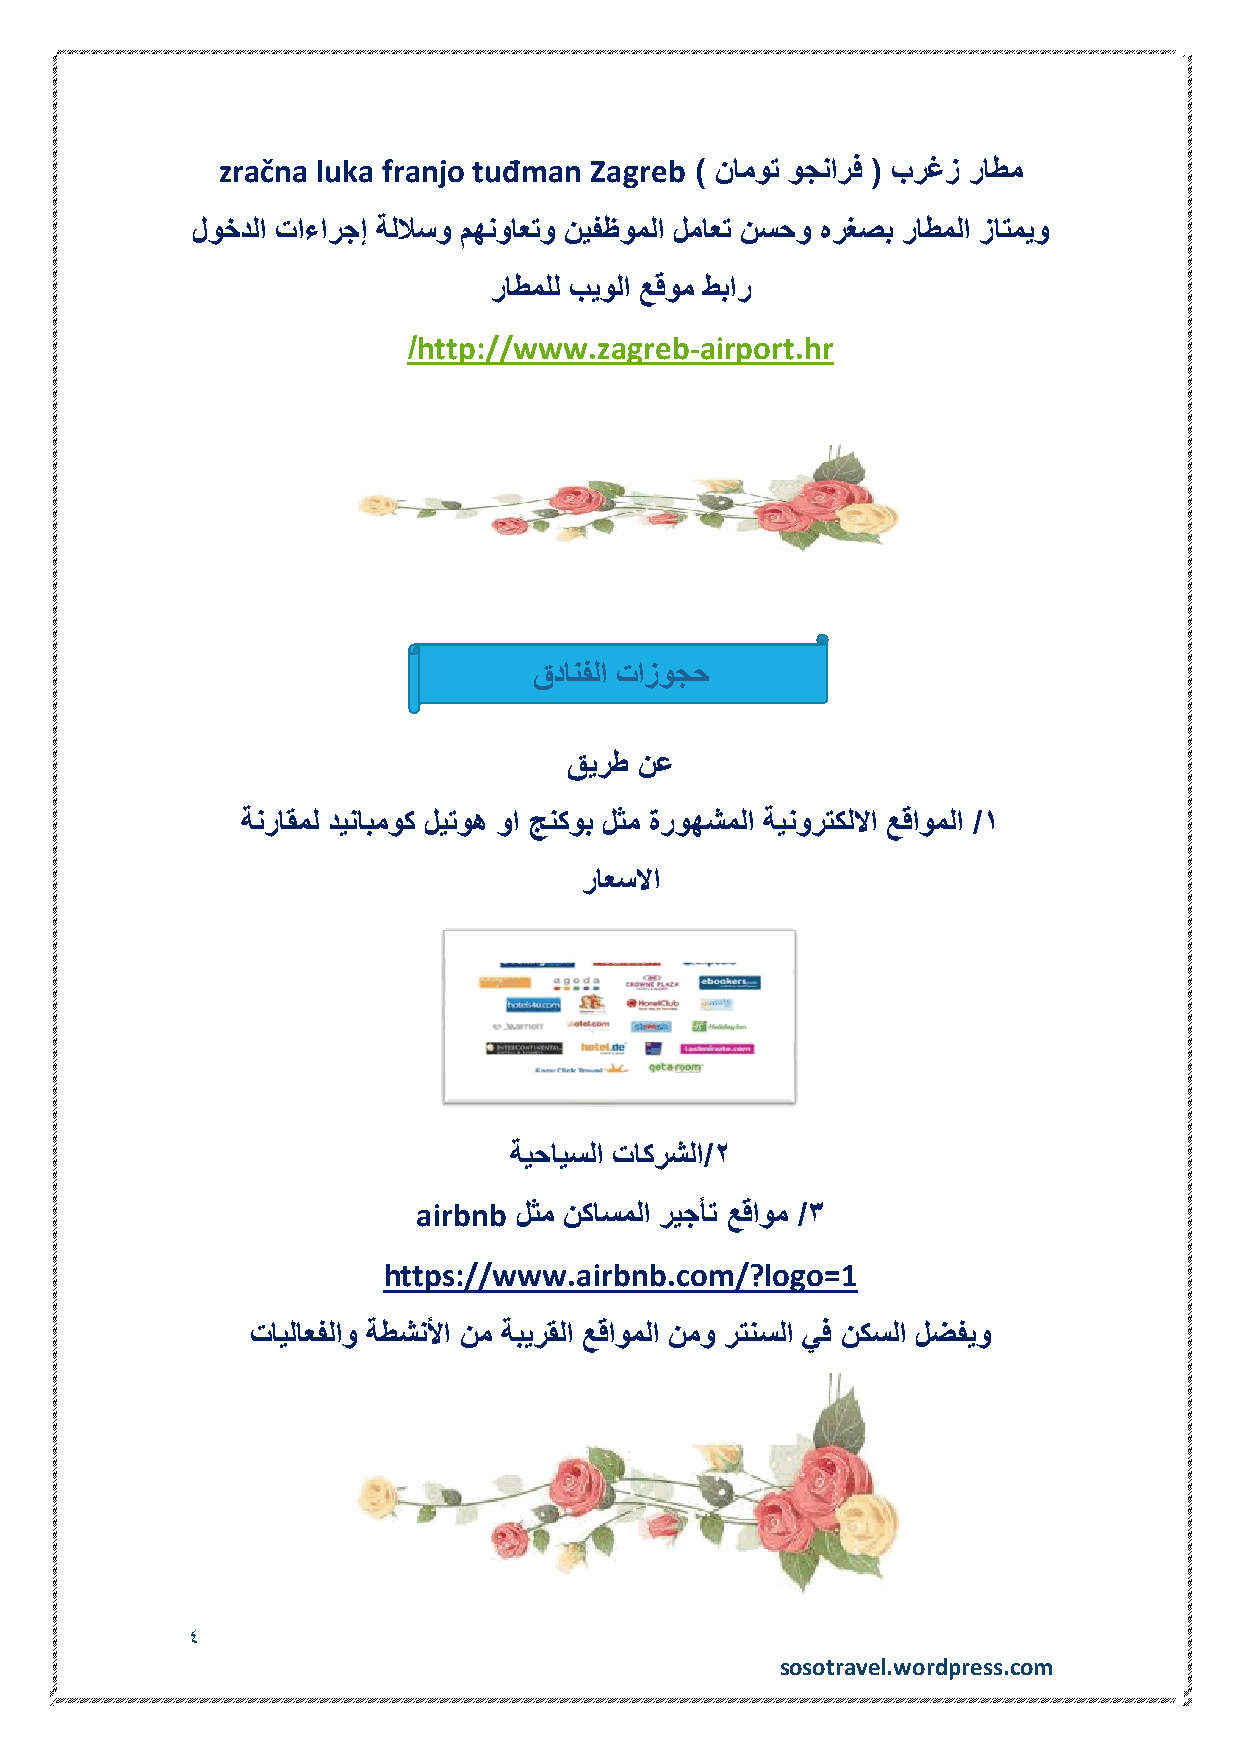
zračna luka franjo tuđman Zagreb ) ناموت وجنارف ( برغز راطم
 لوخدلا تاءارجإ ةللاسو مهنواعتو نيفظوملا لماعت نسحو هرغصب راطملا زاتميو
 راطملل بيولا عقوم طبار
 /http://www.zagreb-airport.hr
 قدانفلا تازوجح
 قيرط نع
 ةنراقمل دينابموك ليتوه وا جنكوب لثم ةروهشملا ةينورتكللاا عقاوملا /1
 راعسلاا
 ةيحايسلا تاكرشلا/2
 airbnb لثم نكاسملا ريجأت عقاوم /3
 https://www.airbnb.com/?logo=1
 تايلاعفلاو ةطشنلأا نم ةبيرقلا عقاوملا نمو رتنسلا يف نكسلا لضفيو
 4
 sosotravel.wordpress.com